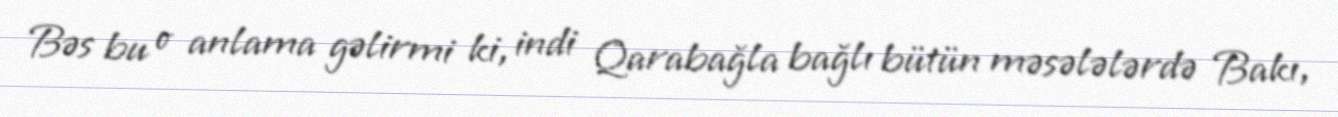
Bəs bu o anlama gəlirmi ki, indi Qarabağla bağlı bütün məsələlərdə Bakı,